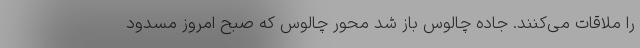
را ملاقات می‌کنند. جاده چالوس باز شد محور چالوس که صبح امروز مسدود